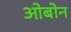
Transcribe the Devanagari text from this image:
ओबोन